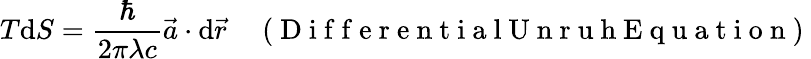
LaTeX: T\mathrm{d}S=\frac{\hbar}{2\pi\lambda c}\vec{a}\cdot\mathrm{d}\vec{r}\enspace\enspace\mathrm{~(~D~i~f~f~e~r~e~n~t~i~a~l~U~n~r~u~h~E~q~u~a~t~i~o~n~)~}